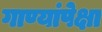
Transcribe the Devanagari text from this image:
गाण्यांपेक्षा